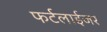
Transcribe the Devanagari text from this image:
फर्टलाईजर